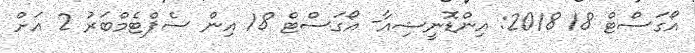
އޯގަސްޓް 18 2018: އިންޑޮނީޝިއާ- އޯގަސްޓް 18 އިން ސެޕްޓެމްބަރު 2 އަށް